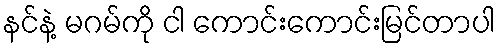
နင်နဲ့ မဂမ်ကို ငါ ကောင်းကောင်းမြင်တာပါ